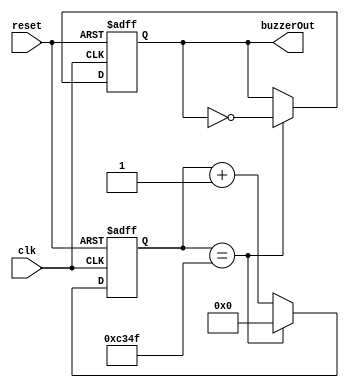
`timescale 1ns / 1ps
//////////////////////////////////////////////////////////////////////////////////
// Company: 
// Engineer: 
// 
// Design Name: 
// Module Name: test_buzzer_1
// Project Name: 
// Target Devices: 
// Tool Versions: 
// Description: 
// 
// Dependencies: 
// 
// Revision:
// Revision 0.01 - File Created
// Additional Comments:
// 
//////////////////////////////////////////////////////////////////////////////////


module test_buzzer_1(
input clk,
input reset,
output reg buzzerOut
    );
reg [25:0]count;
parameter cnts9 = 100000;
//1000hz
always @(posedge clk,posedge reset)
begin
    if(reset)
    begin
        count <= 0;
       buzzerOut<= 0;
    end
    else if(count == (cnts9>>1)-1)
    begin
        count<= 0;
        buzzerOut<= ~buzzerOut;
    end
    else
    begin
        count<= count+1;
    end
end 
endmodule